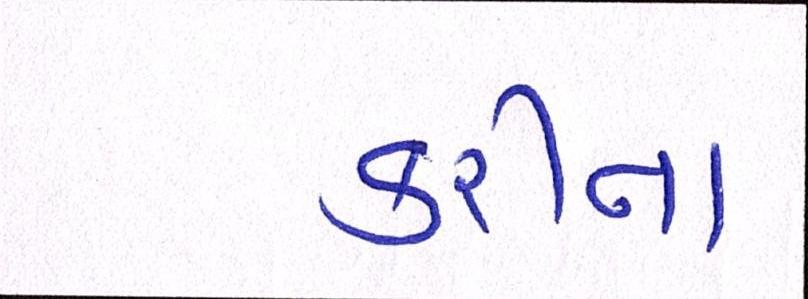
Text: કરીના